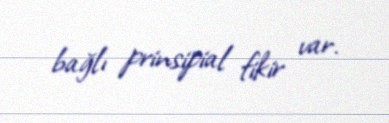
bağlı prinsipial fikir var.